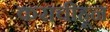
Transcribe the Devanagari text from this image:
कराचीहून